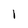
Character: l